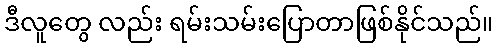
ဒီလူတွေ လည်း ရမ်းသမ်းပြောတာဖြစ်နိုင်သည်။